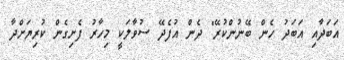
އަބަދާއި އަބަދު ހެން ބޭނުންކުރޭ" ދެން އުފެދޭ ސުވާލަކީ މިހާރު ފެށިގެން ކުރިޔަށްދާ